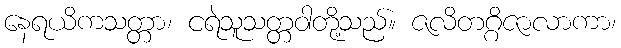
နေရယိကသတ္တာ၊ ငရဲသူသတ္တဝါတို့သည်။ ဇလိတဂ္ဂိဇာလာကာ၊